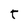
Character: t